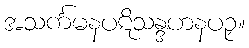
အသင်္ကမနပဋိသန္ဒဟနပဉှ။